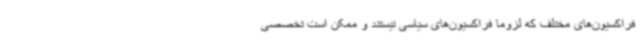
فراکسیون‌های مختلف که لزوما فراکسیون‌های سیاسی نیستند و ممکن است تخصصی